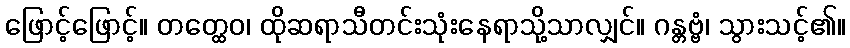
ဖြောင့်ဖြောင့်။ တတ္ထေဝ၊ ထိုဆရာသီတင်းသုံးနေရာသို့သာလျှင်။ ဂန္တဗ္ဗံ၊ သွားသင့်၏။